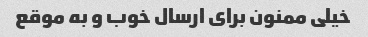
خیلی ممنون برای ارسال خوب و به موقع